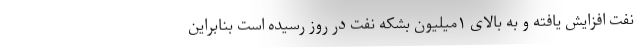
نفت افزایش یافته و به بالای ۱میلیون بشکه نفت در روز رسیده است بنابراین